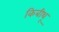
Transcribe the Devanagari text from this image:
किबीथू